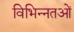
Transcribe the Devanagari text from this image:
विभिन्नतओं